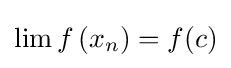
\lim f\left(x_{n}\right)=f(c)